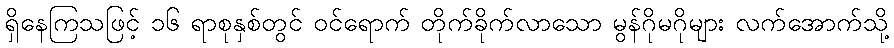
ရှိနေကြသဖြင့် ၁၆ ရာစုနှစ်တွင် ဝင်ရောက် တိုက်ခိုက်လာသော မွန်ဂိုမဂိုများ လက်အောက်သို့